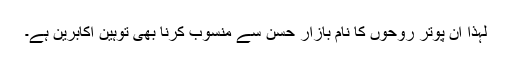
لہذا ان پوتر روحوں کا نام بازارِ حسن سے منسوب کرنا بھی توہینِ اکابرین ہے۔